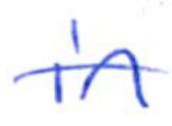
Text: in
Cross-out: single-line
Writing tool: ballpoint